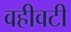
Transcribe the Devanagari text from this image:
वहीवटी